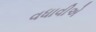
વધાવીએ